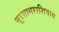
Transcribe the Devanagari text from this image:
सूरसागराशिवाय